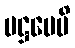
ပဋ္ဌပေမိ